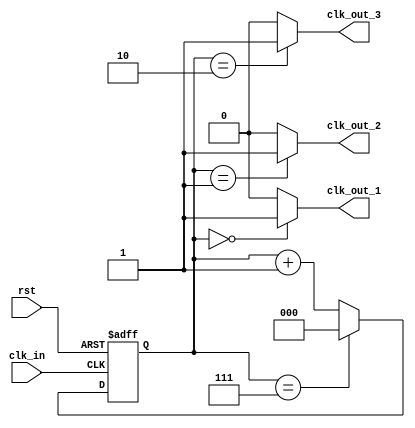
module multi_phase_clock_divider (
    input wire clk_in,
    input wire rst,
    output wire clk_out_1,
    output wire clk_out_2,
    output wire clk_out_3
);

reg [2:0] counter;
reg [2:0] phase_offset_1 = 0;
reg [2:0] phase_offset_2 = 1;
reg [2:0] phase_offset_3 = 2;

always @(posedge clk_in or posedge rst) begin
    if (rst) begin
        counter <= 0;
    end else begin
        counter <= counter + 1;
        if (counter == 7) begin
            counter <= 0;
        end
    end
end

assign clk_out_1 = (counter == phase_offset_1) ? 1'b1 : 1'b0;
assign clk_out_2 = (counter == phase_offset_2) ? 1'b1 : 1'b0;
assign clk_out_3 = (counter == phase_offset_3) ? 1'b1 : 1'b0;

endmodule